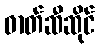
ဓာတ်ဆီဆိုင်